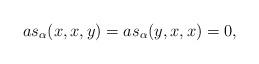
LaTeX: \begin{align*}as_{\alpha}(x,x,y)= as_{\alpha}(y, x, x)= 0,\end{align*}